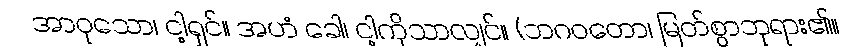
အာဝုသော၊ ငါ့ရှင်။ အဟံ ခေါ၊ ငါ့ကိုသာလျှင်။ (ဘဂဝတော၊ မြတ်စွာဘုရား၏။